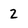
Character: 2